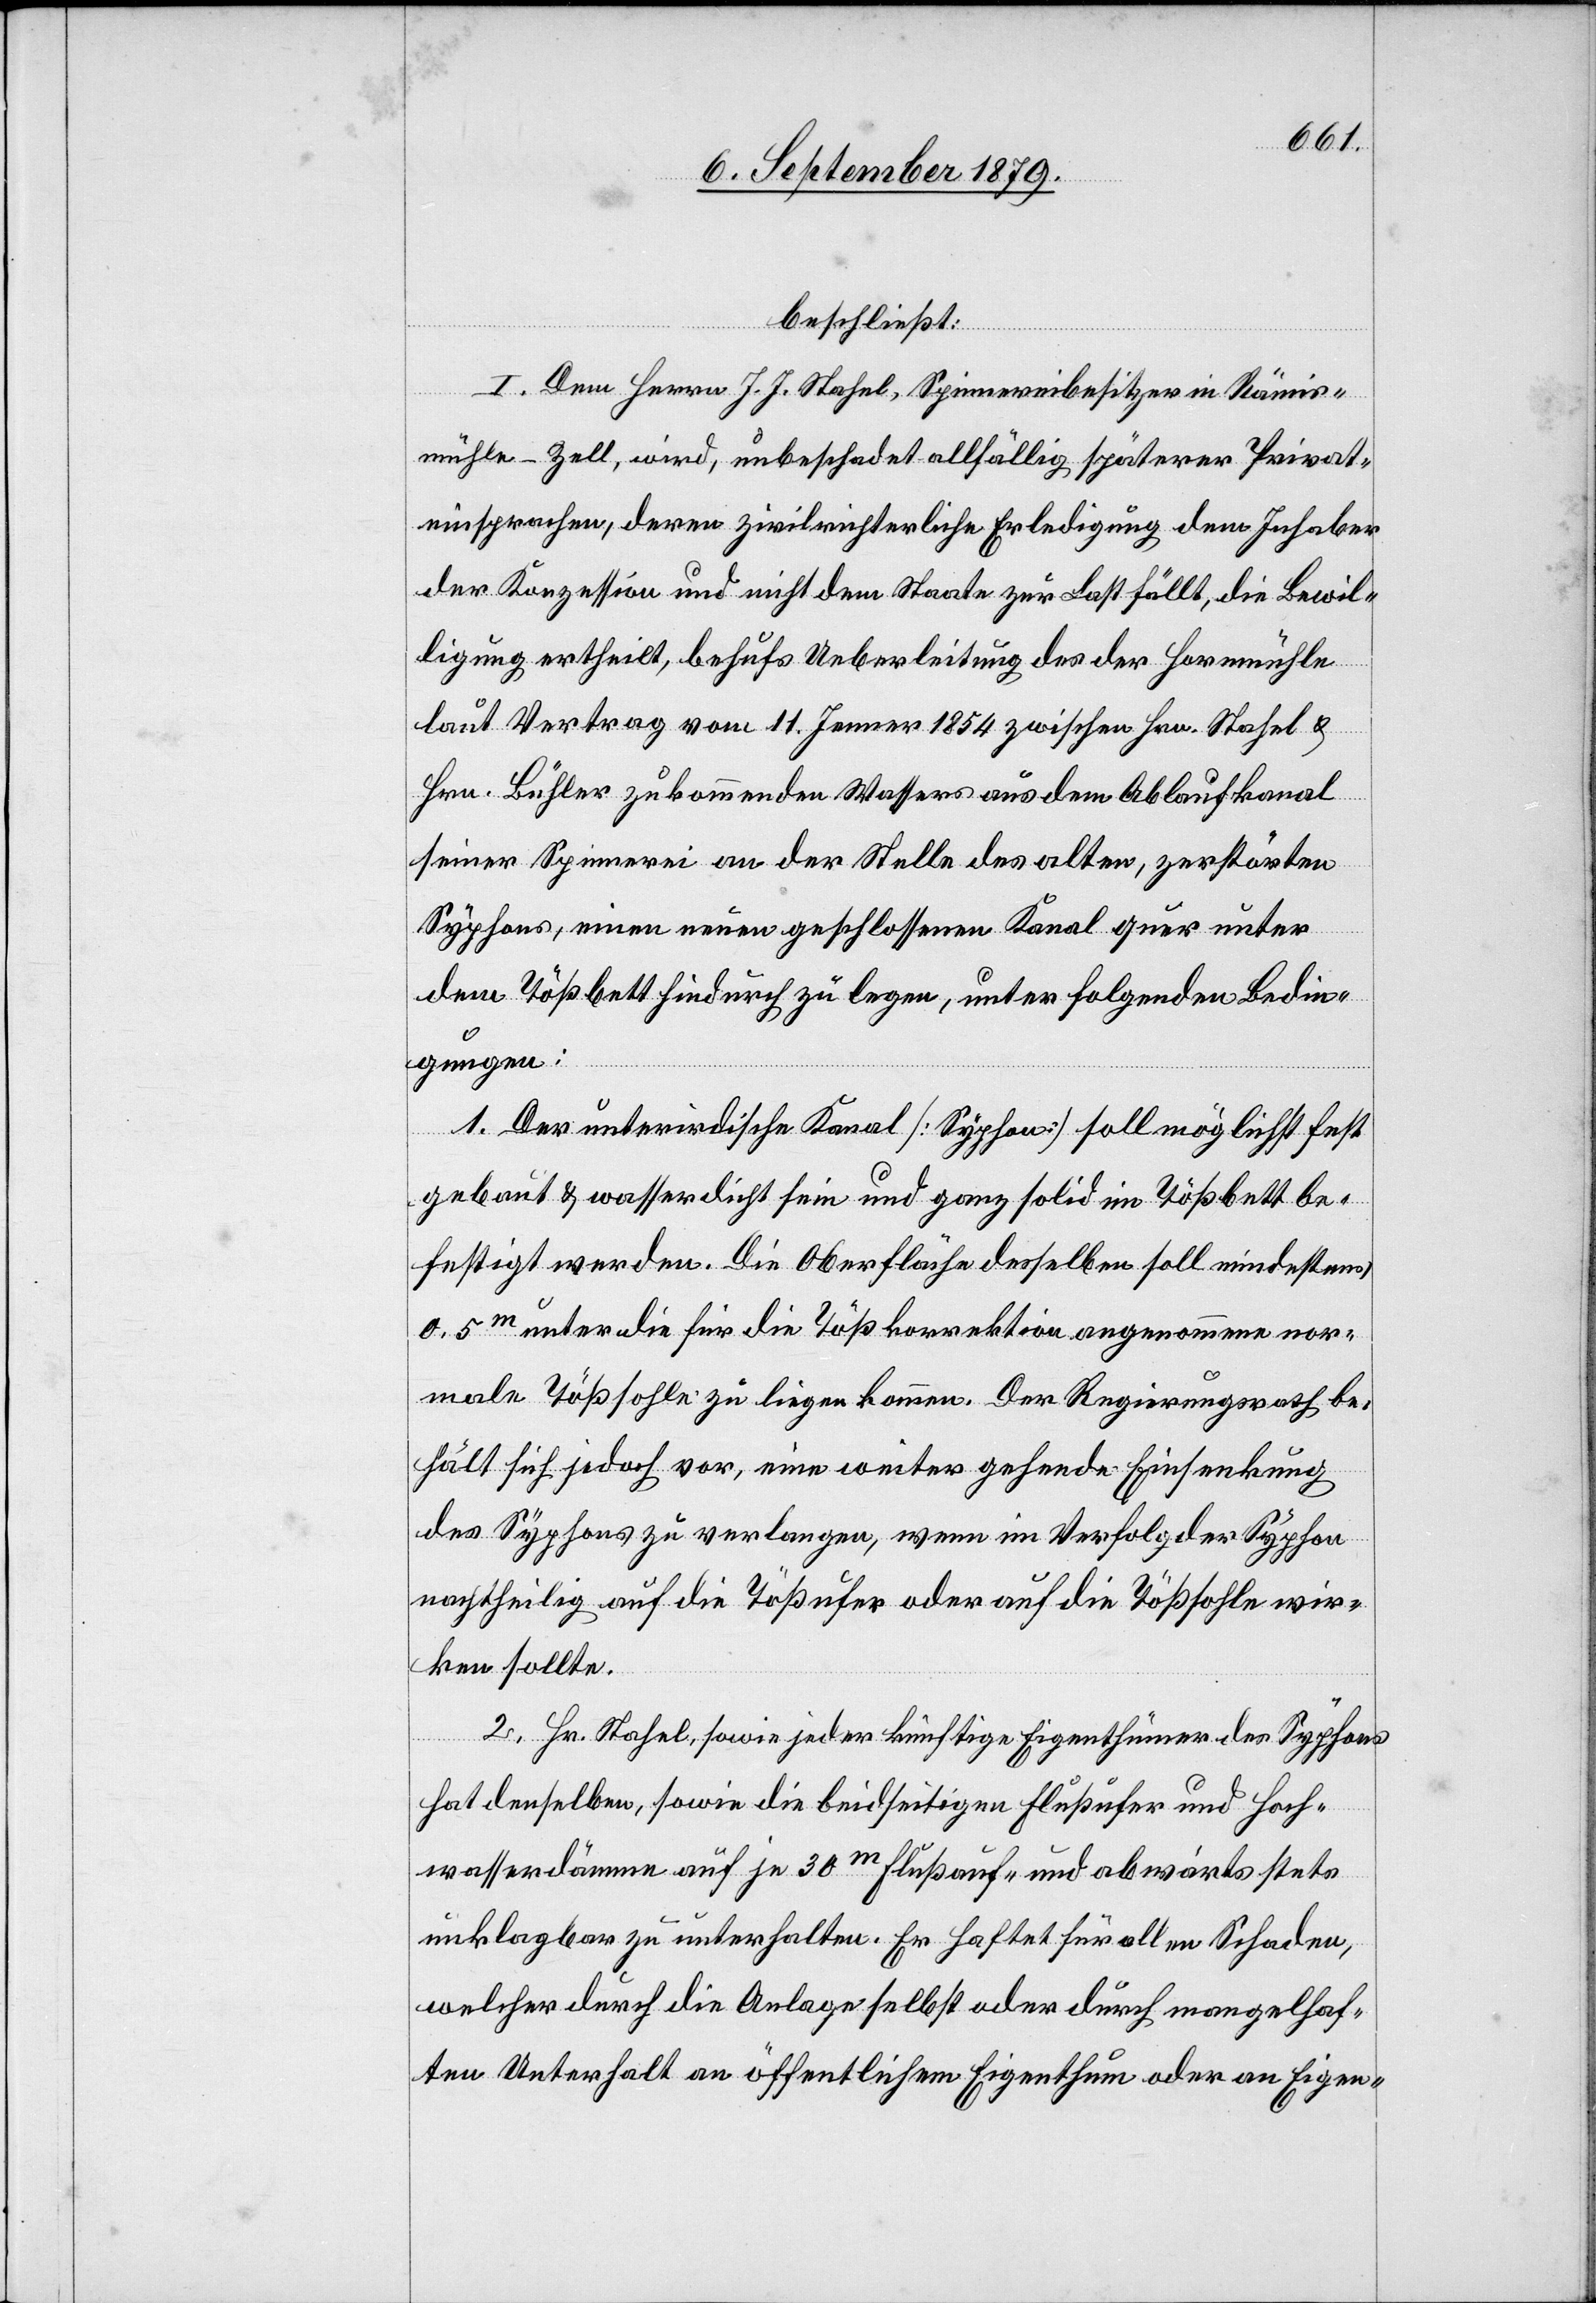
beschließt:
I. Dem Herrn J. J. Stahel, Spinnereibesitzer in Rämis¬
mühle - Zell, wird, unbeschadet allfällig späterer Privat¬
einsprachen, deren zivilrichterliche Erledigung dem Inhaber
der Konzession und nicht dem Staate zur Last fällt, die Bewil¬
ligung ertheilt, behufs Ueberleitung des der Hornmühle
laut Vertrag vom 11. Jenner 1854 zwischen Hrn. Stahel &
Hrn. Bühler zukommenden Wassers aus dem Ablaufkanal
seiner Spinnerei an der Stelle des alten, zerstörten
Syphons, einen neuen geschlossenen Kanal quer unter
dem Tößbett hindurch zu legen, unter folgenden Bedin¬
gungen:
1. Der unterirdische Kanal [Syphon] soll möglichst fest
gebaut & wasserdicht sein und ganz solid im Tößbett be¬
festigt werden. Die Oberfläche desselben soll mindestens
0.5m unter die für die Tößkorrektion angenommene nor¬
male Tößsohle zu liegen kommen. Der Regierungsrath be¬
hält sich jedoch vor, eine weiter gehende Einsenkung
des Syphons zu verlangen, wenn im Verfolg der Syphon
nachtheilig auf die Tößufer oder auf die Tößsohle wir¬
ken sollte.
2. Hr. Stahel, sowie jeder künftige Eigenthümer des Syphons
hat denselben, sowie die beidseitigen Flußufer und Hoch¬
wasserdämme auf je 30m flußauf- und abwärts stets
unklagbar zu unterhalten. Er haftet für allen Schaden,
welcher durch die Anlage selbst oder durch mangelhaf¬
ten Unterhalt an öffentlichem Eigenthum oder an Eigen-